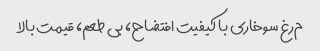
م‌رغ سوخاری با کیفیت افتضاح، بی طعم، قیمت بالا